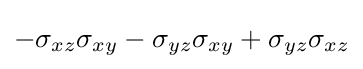
-\sigma _{xz}\sigma _{xy}-\sigma _{yz}\sigma _{xy}+\sigma _{yz}\sigma _{xz}